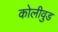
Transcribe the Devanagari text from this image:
कोलीवुड